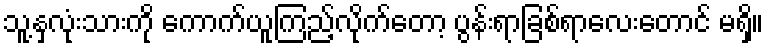
သူ့နှလုံးသားကို ကောက်ယူကြည့်လိုက်တော့ ပွန်းရာခြစ်ရာလေးတောင် မရှိ။